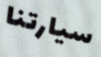
سيارتنا